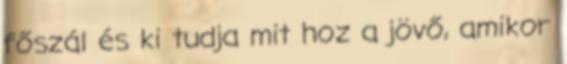
főszál és ki tudja mit hoz a jövő, amikor